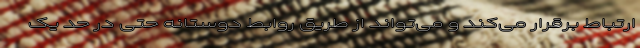
ارتباط برقرار می‌کند و می‌تواند از طریق روابط دوستانه حتی در حد یک